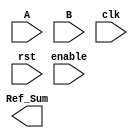
//Refrence model
module adder4b_tb (
    input [3:0] A,
    input [3:0] B,
    output [4:0] Ref_Sum,
    input clk,
    input rst,
    input enable
);
//////////////////////////////////////////////////////////////////////
//     reg [4:0] internal_sum;

// always @(posedge clk or posedge rst) begin
//     if (rst) begin
//         internal_sum = 5'b0;
//     end else if (enable) begin
//         internal_sum = A + B;
//     end else begin
//         internal_sum = Ref_Sum;
//     end
// end
// assign Ref_Sum = internal_sum;

endmodule